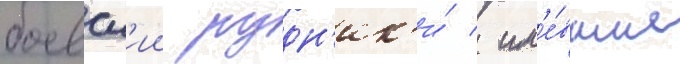
боевск'ии рудн'ик'и́ / им'е́вшие